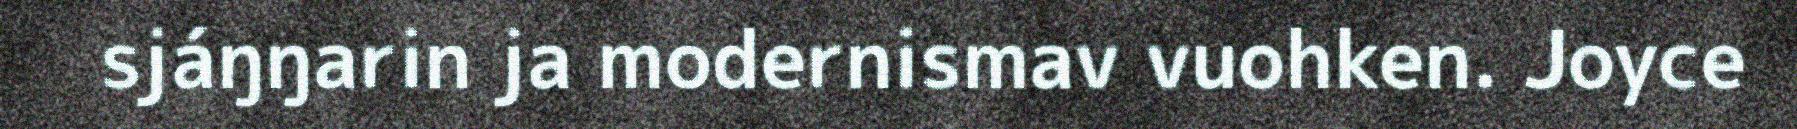
sjáŋŋarin ja modernismav vuohken. Joyce